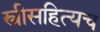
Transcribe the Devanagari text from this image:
स्त्रीसहित्यच